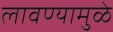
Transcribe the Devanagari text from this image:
लावण्यामुळे